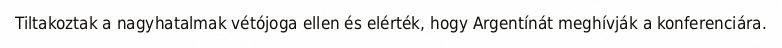
Tiltakoztak a nagyhatalmak vétójoga ellen és elérték, hogy Argentínát meghívják a konferenciára.